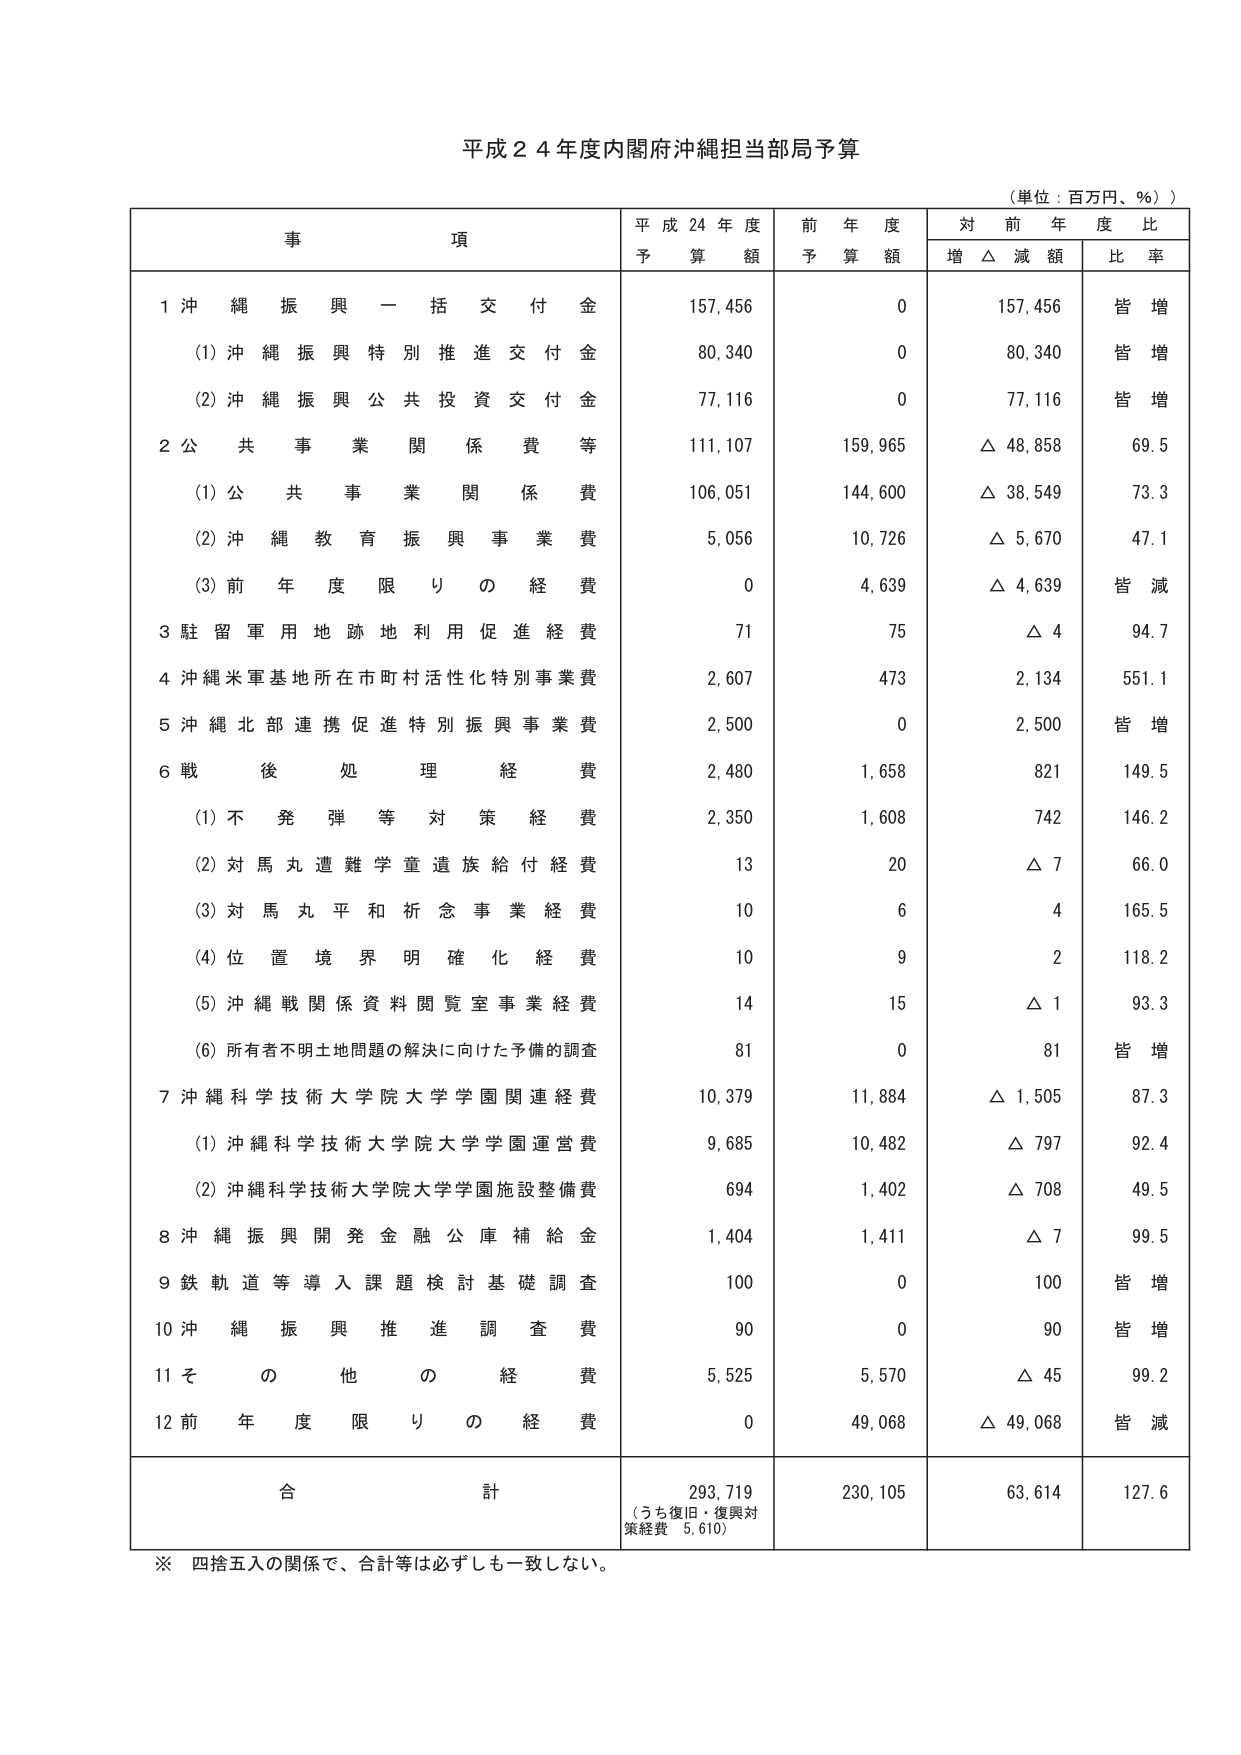
平成２４年度内閣府沖縄担当部局予算

（単位：百万円、％）

事　　項